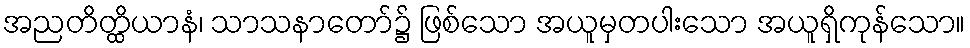
အညတိတ္ထိယာနံ၊ သာသနာတော်၌ ဖြစ်သော အယူမှတပါးသော အယူရှိကုန်သော။